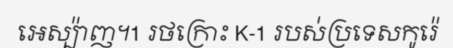
អេស្ប៉ាញ។1 រថក្រោះ K-1 របស់ប្រទេសកូរ៉េ